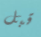
قبل